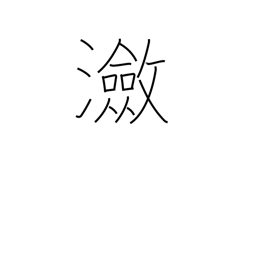
Meaning: rippling